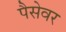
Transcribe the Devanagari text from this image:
पैसेवर